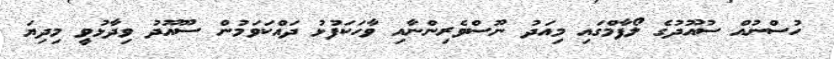
ހުސްނުއް ސުއޫދުގެ ލޯފާމްގައި މިއަދު ނޫސްވެރިންނާއި ވާހަކަފުޅު ދައްކަވަމުން ސޫއޫދު ވިދާޅުވީ މިދިޔަ